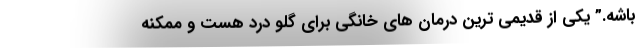
باشه.” یکی از قدیمی ترین درمان های خانگی برای گلو درد هست و ممکنه